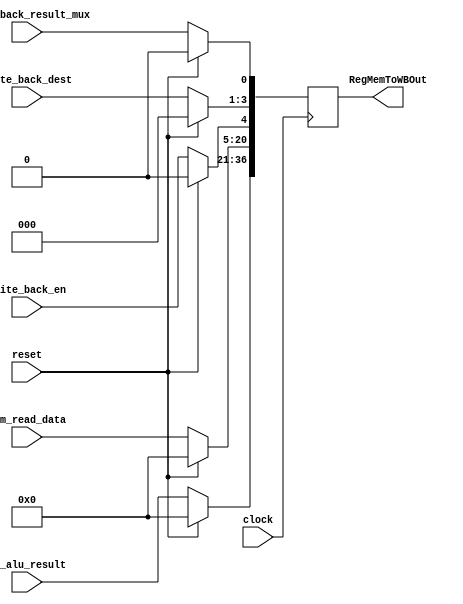
module MEM_WB(
  input clock,
  input reset,
  input [15:0] ex_alu_result,
  input [15:0] mem_read_data,
  input write_back_en,
  input [2:0] write_back_dest,
  input write_back_result_mux,
  output [36:0] RegMemToWBOut
);
  reg [36:0] RegMemToWB;
  always@(posedge clock) begin
    
    if(reset) begin
      RegMemToWB = 0;
    end
    else begin
           
      RegMemToWB[36:21] = ex_alu_result; 
      RegMemToWB[20:5] = mem_read_data;
      RegMemToWB[4:4] = write_back_en;
      RegMemToWB[3:1] = write_back_dest;
      RegMemToWB[0:0] = write_back_result_mux;
    end
  end
  
  assign RegMemToWBOut = RegMemToWB;
  
endmodule